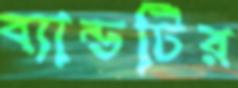
ব্যান্ডটির